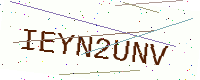
Text: IEYN2UNV